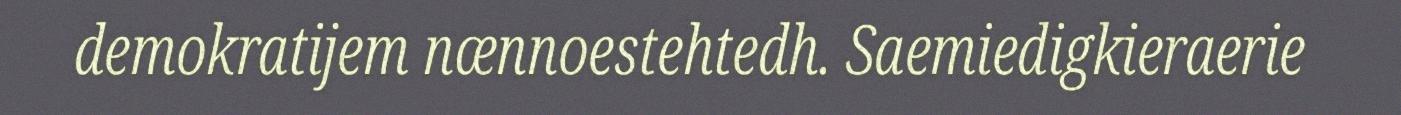
demokratijem nænnoestehtedh. Saemiedigkieraerie